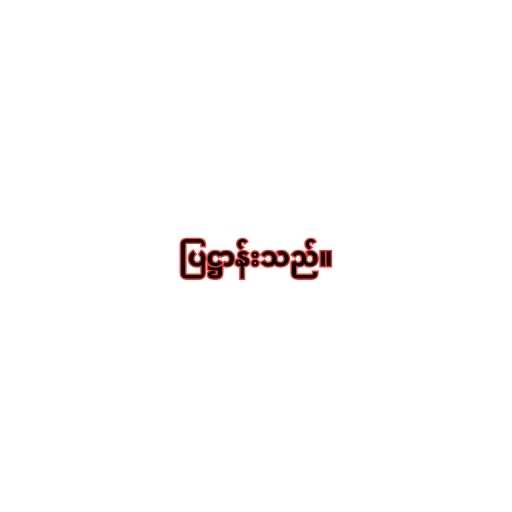
ပြဋ္ဌာန်းသည်။